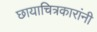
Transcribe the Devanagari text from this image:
छायाचित्रकारांनी